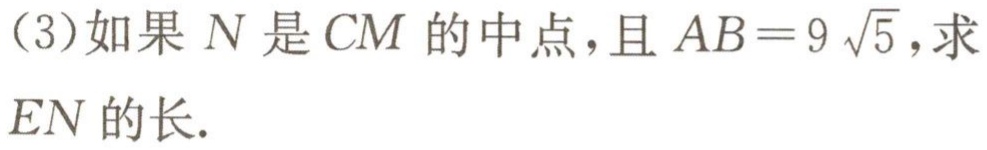
（3）如果 \(N\) 是 \(CM\) 的中点，且 \(AB = 9\sqrt{5}\)，求 \(EN\) 的长.